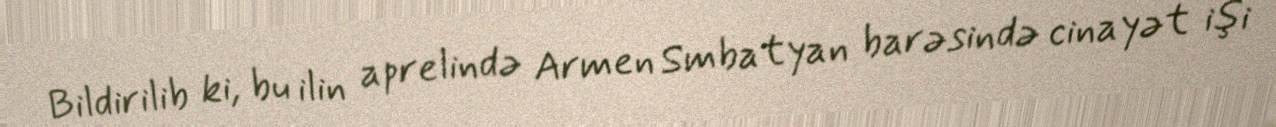
Bildirilib ki, bu ilin aprelində Armen Smbatyan barəsində cinayət işi